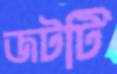
জটটি